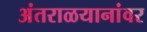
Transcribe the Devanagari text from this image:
अंतराळयानांवर